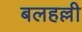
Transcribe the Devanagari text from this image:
बलहल्ली